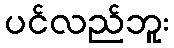
ပင်လည်ဘူး